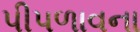
પીપળાવના